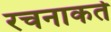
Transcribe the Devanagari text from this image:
रचनाकर्ते